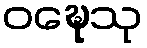
ဝဍ္ဎေသု